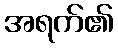
အရက်၏